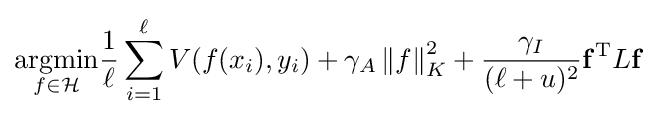
{\underset {f\in {\mathcal {H}}}{\arg \!\min }}{\frac {1}{\ell }}\sum _{i=1}^{\ell }V(f(x_{i}),y_{i})+\gamma _{A}\left\|f\right\|_{K}^{2}+{\frac {\gamma _{I}}{(\ell +u)^{2}}}\mathbf {f} ^{\mathrm {T} }L\mathbf {f}